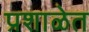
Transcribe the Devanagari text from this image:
प्रशाळेत